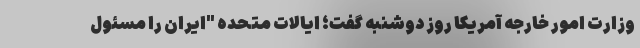
وزارت امور خارجه آمریکا روز دوشنبه گفت؛ ایالات متحده "ایران را مسئول